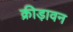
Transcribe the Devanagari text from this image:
क्रीड़ावन